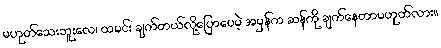
မဟုတ်သေးဘူးလေ၊ ထမင်း ချက်တယ်လို့ပြောပေမဲ့ အမှန်က ဆန်ကို ချက်နေတာမဟုတ်လား။